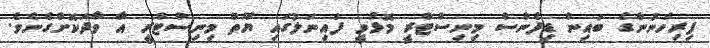
ފިރިހެނުންގެ ބައިން ޑިފެންސް މިނިސްޓްރީ މޮޅުވީ ފައިނަލުގައި ޔޫތް މިނިސްޓްރީ އާ ވާދަކޮށްގެނެވެ.